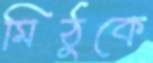
মিঠুকে